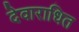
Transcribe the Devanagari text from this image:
देवाराधित